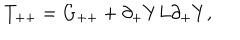
LaTeX: T _ { + + } = G _ { + + } + \partial _ { + } Y L \partial _ { + } Y ,